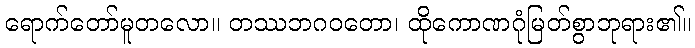
ရောက်တော်မူတလော။ တဿဘဂဝတော၊ ထိုကောဏဂုံမြတ်စွာဘုရား၏။